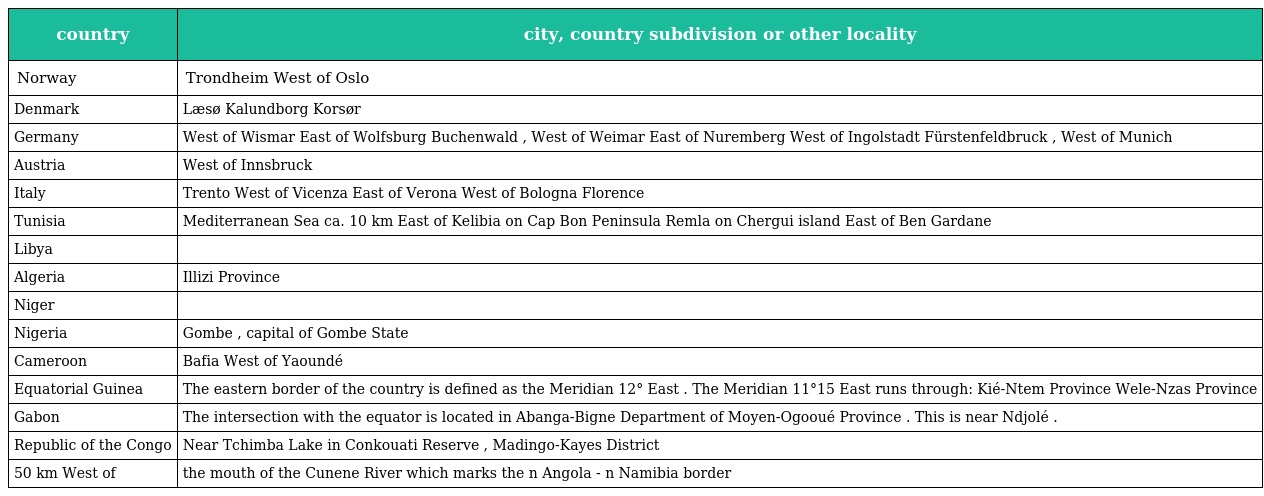
| country | city, country subdivision or other locality |
 | --- | --- |
 | Norway | Trondheim West of Oslo |
 | Denmark | Læsø Kalundborg Korsør |
 | Germany | West of Wismar East of Wolfsburg Buchenwald , West of Weimar East of Nuremberg West of Ingolstadt Fürstenfeldbruck , West of Munich |
 | Austria | West of Innsbruck |
 | Italy | Trento West of Vicenza East of Verona West of Bologna Florence |
 | Tunisia | Mediterranean Sea ca. 10 km East of Kelibia on Cap Bon Peninsula Remla on Chergui island East of Ben Gardane |
 | Libya |  |
 | Algeria | Illizi Province |
 | Niger |  |
 | Nigeria | Gombe , capital of Gombe State |
 | Cameroon | Bafia West of Yaoundé |
 | Equatorial Guinea | The eastern border of the country is defined as the Meridian 12° East . The Meridian 11°15 East runs through: Kié-Ntem Province Wele-Nzas Province |
 | Gabon | The intersection with the equator is located in Abanga-Bigne Department of Moyen-Ogooué Province . This is near Ndjolé . |
 | Republic of the Congo | Near Tchimba Lake in Conkouati Reserve , Madingo-Kayes District |
 | 50 km West of | the mouth of the Cunene River which marks the n Angola - n Namibia border |